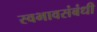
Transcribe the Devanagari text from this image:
स्वभावसंबंधी